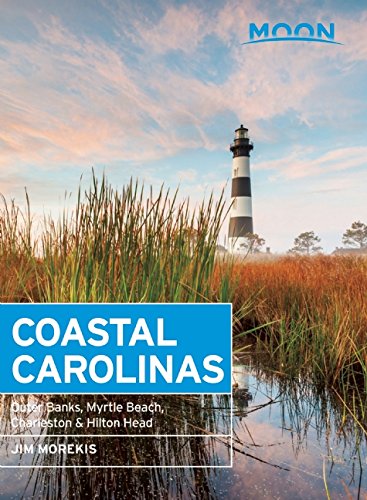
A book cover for Moon Coastal Carolinas: Outer Banks, Myrtle Beach, Charleston & Hilton Head (Moon Handbooks); Jim Morekis; Travel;